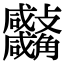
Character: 𧥚